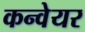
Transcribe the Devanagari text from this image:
कन्‍वेयर